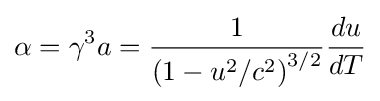
\alpha =\gamma ^{3}a={\frac {1}{\left(1-u^{2}/c^{2}\right)^{3/2}}}{\frac {du}{dT}}